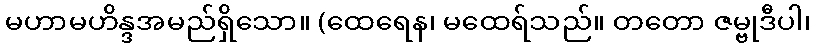
မဟာမဟိန္ဒအမည်ရှိသော။ (ထေရေန၊ မထေရ်သည်။ တတော ဇမ္ဗုဒီပါ၊